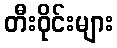
တီးဝိုင်းများ